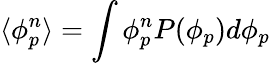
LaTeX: \langle\phi_{p}^{n}\rangle=\int\phi_{p}^{n}P(\phi_{p})d\phi_{p}